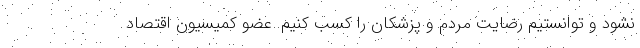
نشود و توانستیم رضایت مردم و پزشکان را کسب کنیم. عضو کمیسیون اقتصاد